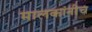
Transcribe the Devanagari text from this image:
मालकांनीच